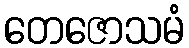
တေဇောသမံ